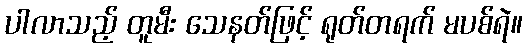
ပါလာသည့် တူမီး သေနတ်ဖြင့် ရုတ်တရက် မပစ်ရဲ။